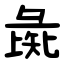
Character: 彘